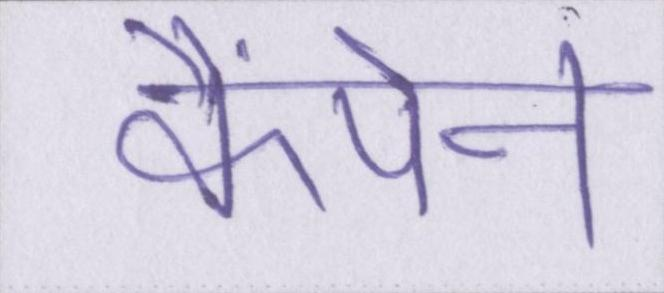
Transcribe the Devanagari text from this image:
कैंपेन